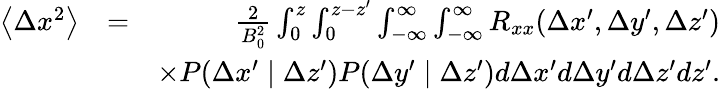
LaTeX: \begin{array}{rlr}{\left\langle\Delta x^{2}\right\rangle}&{=}&{\frac{2}{B_{0}^{2}}\int_{0}^{z}\int_{0}^{z-{z}^{\prime}}\int_{-\infty}^{\infty}\int_{-\infty}^{\infty}R_{xx}(\Delta x^{\prime},\Delta y^{\prime},\Delta z^{\prime})}\\ &{}&{\times P(\Delta x^{\prime}\mid\Delta z^{\prime})P(\Delta y^{\prime}\mid\Delta z^{\prime})d\Delta x^{\prime}d\Delta y^{\prime}d\Delta z^{\prime}d{z}^{\prime}.}\end{array}